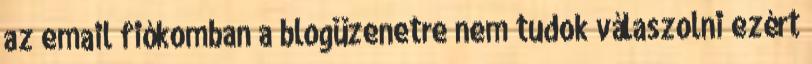
az email fiókomban a blogüzenetre nem tudok válaszolni ezért